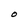
Character: O